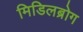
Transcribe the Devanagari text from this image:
मिडिलब्रोग